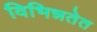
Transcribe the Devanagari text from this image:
विभिन्नतेत